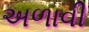
અળાવી